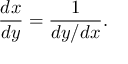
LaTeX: { \frac { d x } { d y } } = { \frac { 1 } { d y / d x } } .